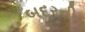
બદરની